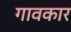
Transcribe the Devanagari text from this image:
गावकार